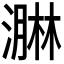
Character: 𭲡